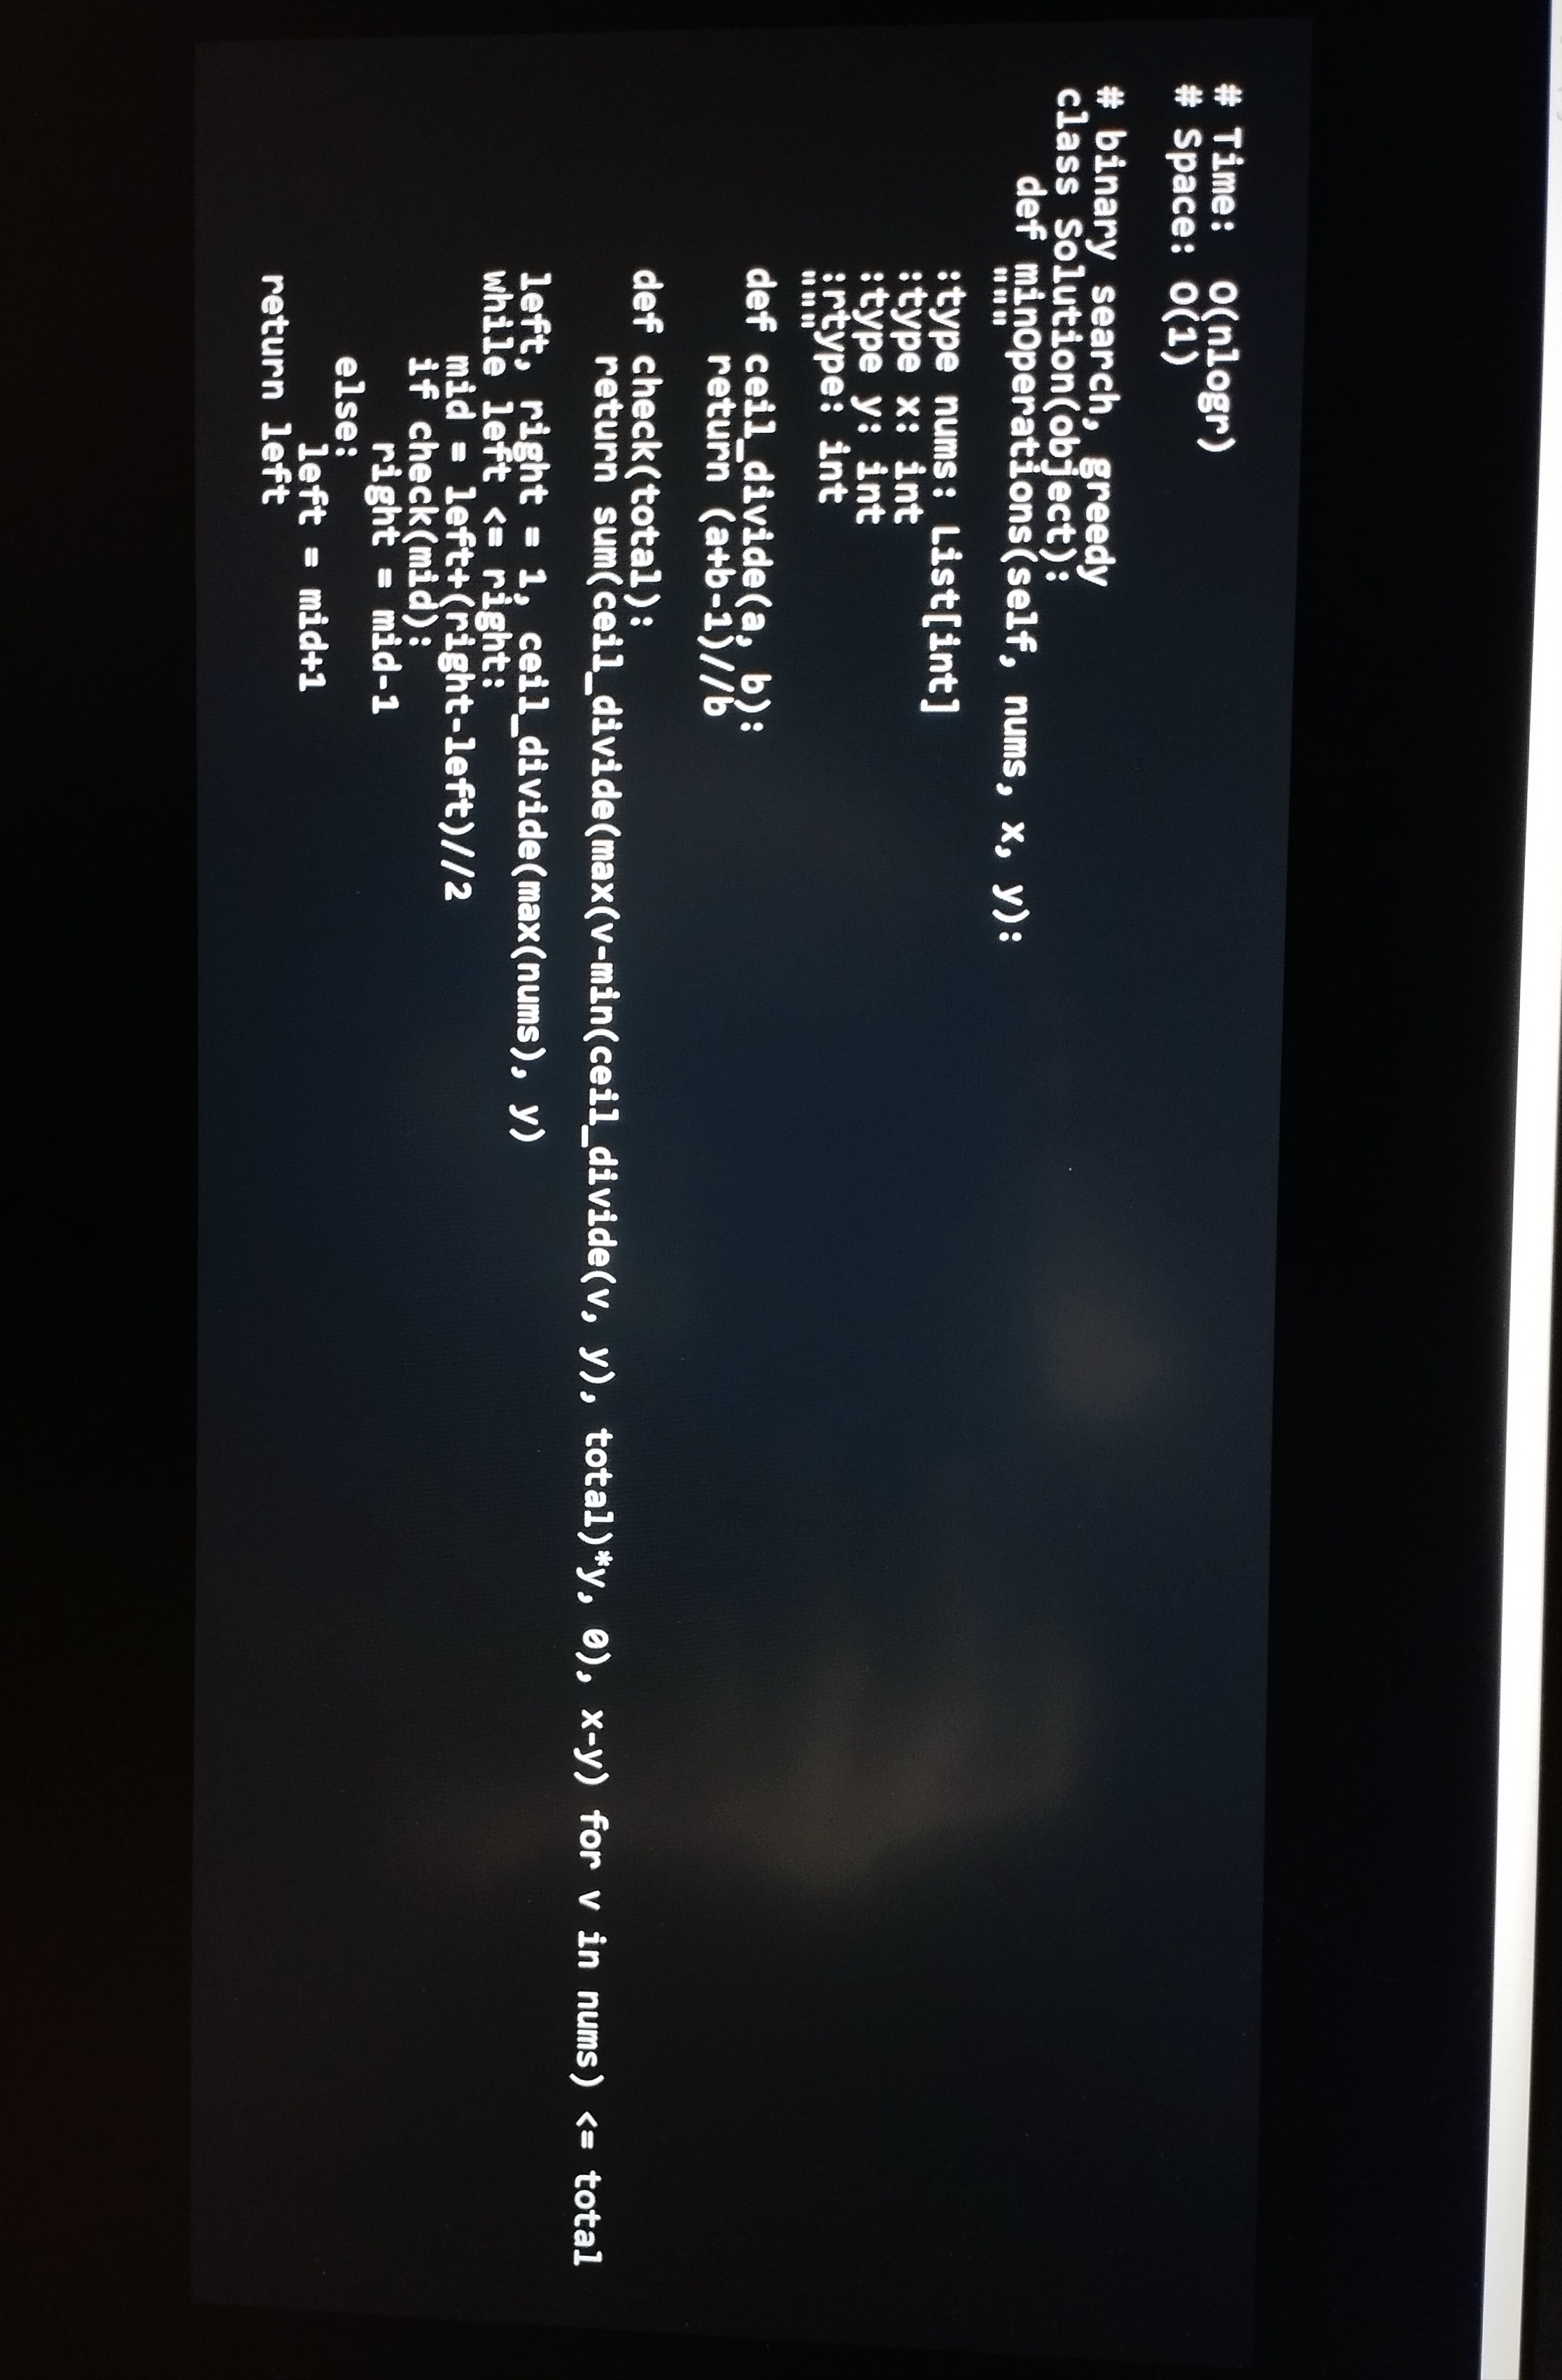
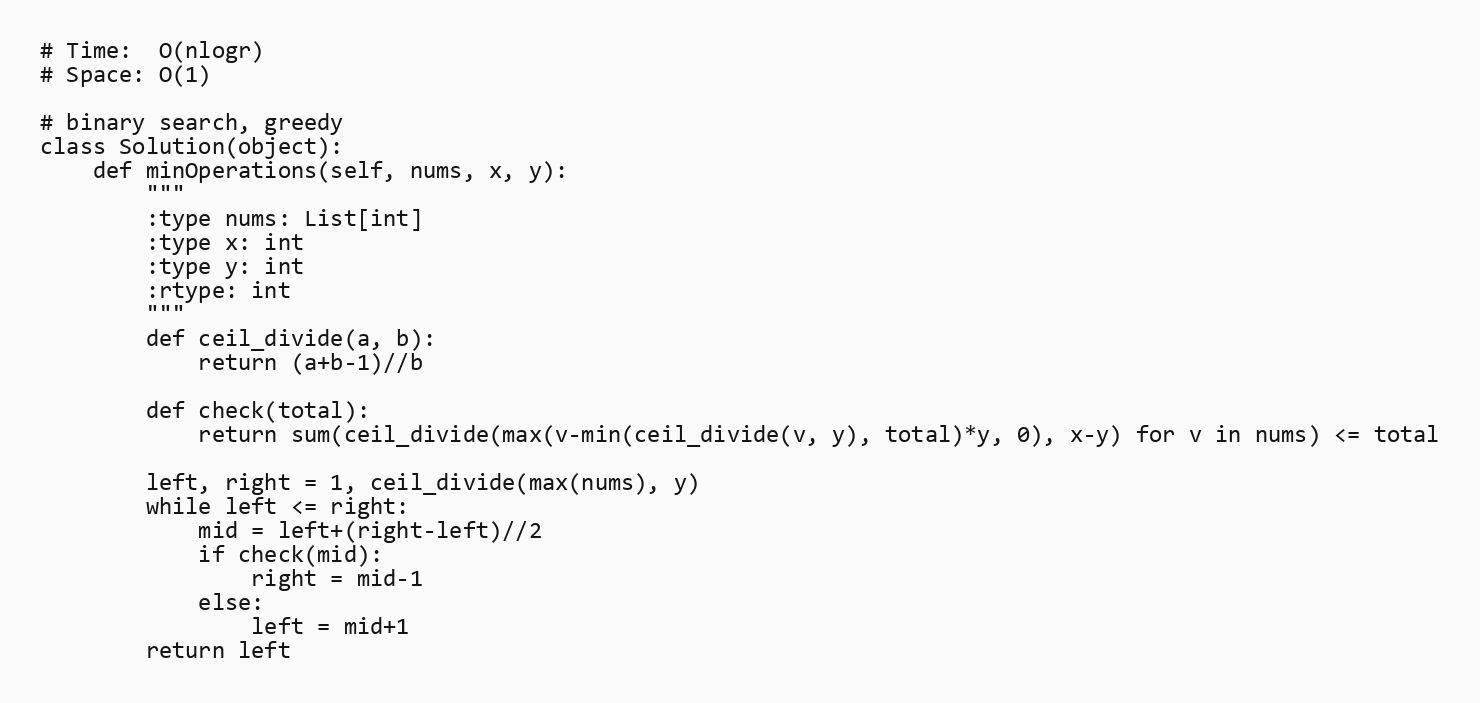
# Time:  O(nlogr)
# Space: O(1)

# binary search, greedy
class Solution(object):
    def minOperations(self, nums, x, y):
        """
        :type nums: List[int]
        :type x: int
        :type y: int
        :rtype: int
        """
        def ceil_divide(a, b):
            return (a+b-1)//b

        def check(total):
            return sum(ceil_divide(max(v-min(ceil_divide(v, y), total)*y, 0), x-y) for v in nums) <= total

        left, right = 1, ceil_divide(max(nums), y)
        while left <= right:
            mid = left+(right-left)//2
            if check(mid):
                right = mid-1
            else:
                left = mid+1
        return left